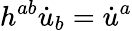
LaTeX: h^{ab}\dot{u}_{b}=\dot{u}^{a}